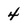
Character: 4